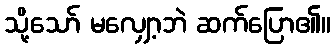
သို့သော် မလျှော့ဘဲ ဆက်ပြော၏။